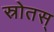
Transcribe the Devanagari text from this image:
स्रोतस्